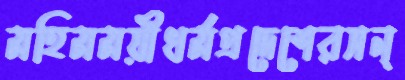
মহিমময়ীধর্মপ্রদেশেরসন্